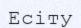
Есіту